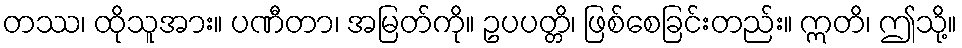
တဿ၊ ထိုသူအား။ ပဏီတာ၊ အမြတ်ကို။ ဥပပတ္တိ၊ ဖြစ်စေခြင်းတည်း။ ဣတိ၊ ဤသို့။